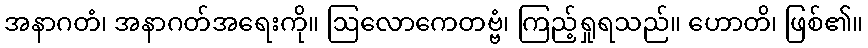
အနာဂတံ၊ အနာဂတ်အရေးကို။ ဩလောကေတဗ္ဗံ၊ ကြည့်ရှုရသည်။ ဟောတိ၊ ဖြစ်၏။